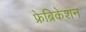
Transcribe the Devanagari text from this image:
फ्रेब्रिकेशन